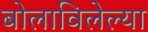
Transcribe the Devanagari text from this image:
बोलाविलेल्या